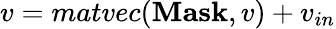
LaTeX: v=matvec(\mathbf{Mask},v)+v_{in}